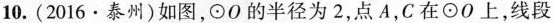
10.(2016·泰州)如图，⊙O的半径为2，点A，C在⊙O上，线段